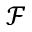
\mathcal { F }